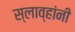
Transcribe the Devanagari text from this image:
स्लाव्हांनी